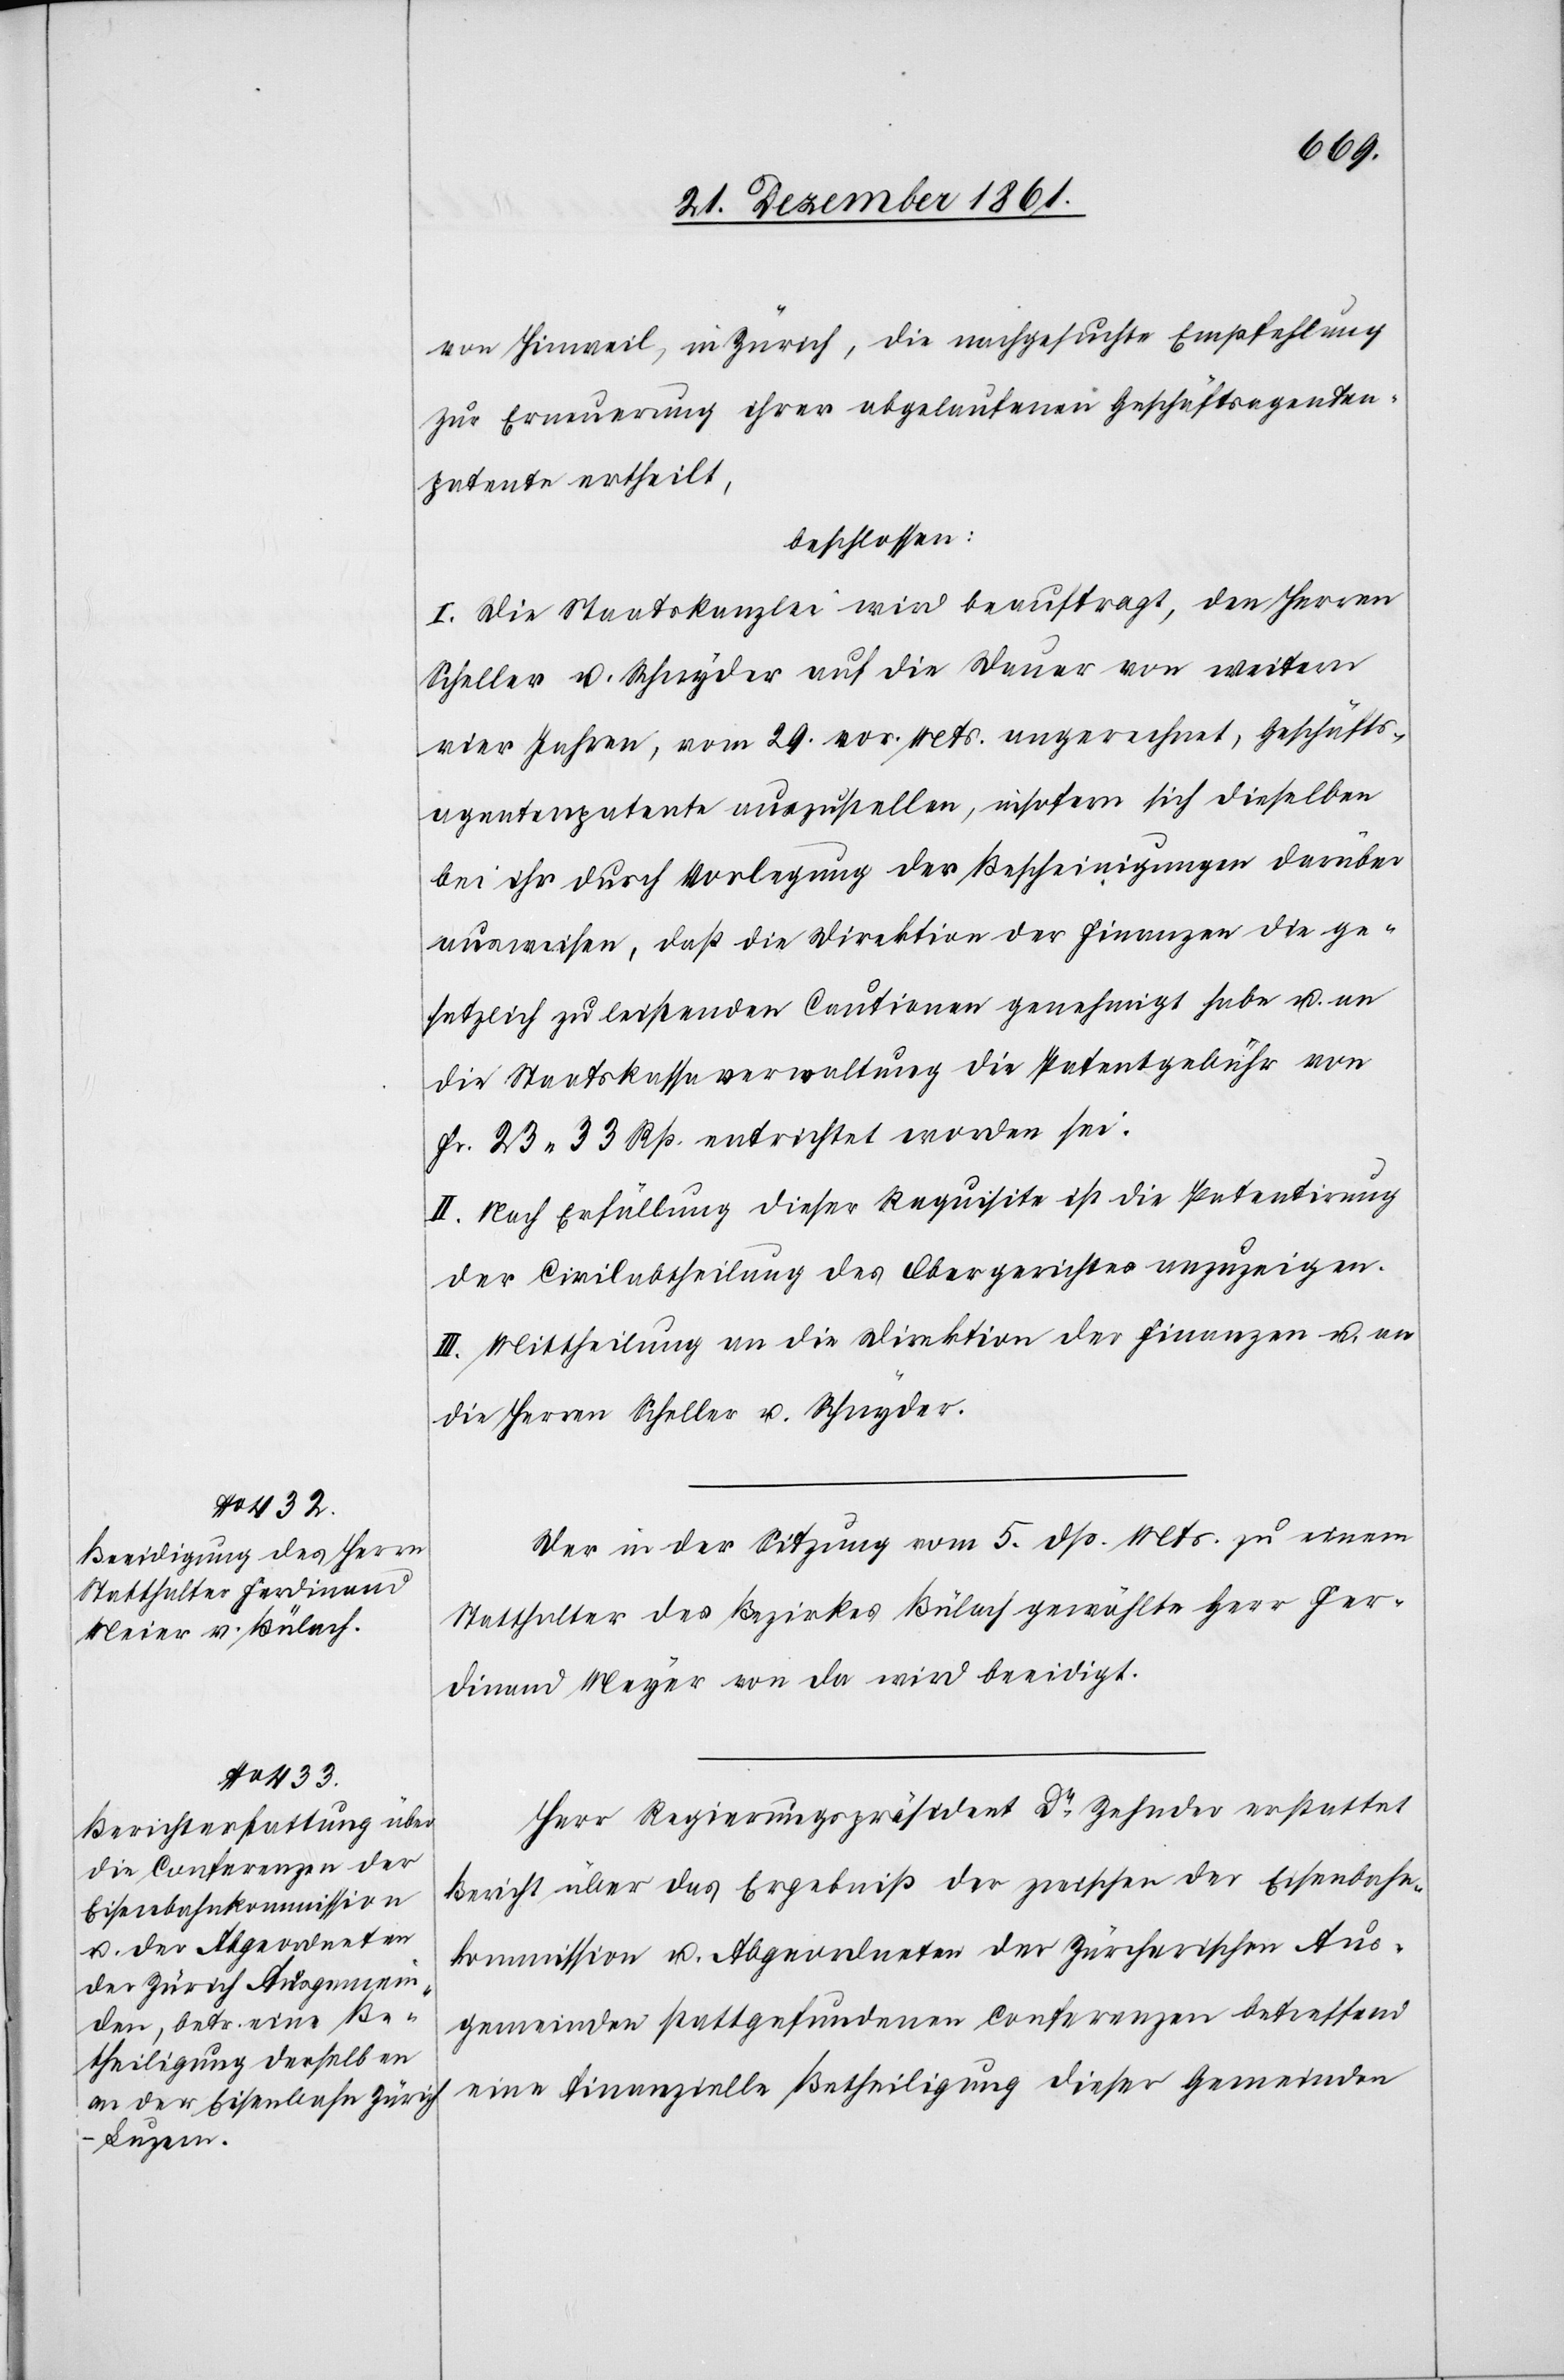
von Hinweil, in Zürich, die nachgesuchte Empfehlung
zur Erneuerung ihrer abgelaufenen Geschäftsagenten¬
patente ertheilt,
beschlossen:
I. Die Staatskanzlei wird beauftragt, den Herrn
Scheller u. Schnyder auf die Dauer von weitern
vier Jahren, vom 29 vor. Mts. angerechnet, Geschäfts¬
agentenpatente auszustellen, insofern sich dieselben
bei ihr durch Vorlegung der Bescheinigungen darüber
ausweisen, daß die Direktion der Finanzen die ge¬
setzlich zu leistenden Cautionen genehmigt habe u. an
die Staatskassaverwaltung die Patentgebühr von
Fr 23. 33 Rp. entrichtet worden sei.
II. Nach Erfüllung dieser Requisite ist die Patentirung
der Civilabtheilung des Obergerichtes anzuzeigen.
III. Mittheilung an die Direktion der Finanzen u. an
die Herrn Scheller u. Schnyder.
Der in der Sitzung vom 5 dss. Mts. zu einem
Statthalter des Bezirkes Bülach gewählte Herr Fer¬
dinand Meyer von da wird beeidigt.
Herr Regierungspräsident Dr Zehnder erstattet
Bericht über das Ergebniß der zwischen der Eisenbahn¬
kommission u. Abgeordneten der Zürcherischen Aus¬
gemeinden stattgefundenen Conferenzen betreffend
eine finanzielle Betheiligung dieser Gemeinden